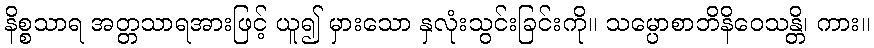
နိစ္စသာရ အတ္တသာရအားဖြင့် ယူ၍ မှားသော နှလုံးသွင်းခြင်းကို။ သမ္ပောစာဘိနိဝေသန္တိ၊ ကား။